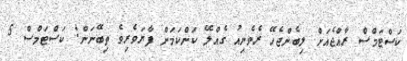
ކަސްޓަމްސް ރާއްޖެއަށް ލިބެންޖެހޭ ރެވެނިއު ގެއްލޭ ކަންކަމަށް ފާރަވެރިވެ ތިބޭނަން: ކަސްޓަމްސް 5